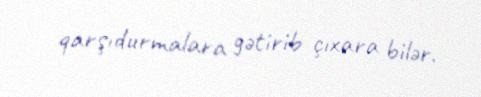
qarşıdurmalara gətirib çıxara bilər.